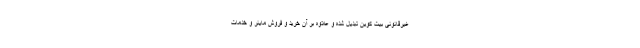
غیرقانونی بیت کوین تبدیل شده و علاوه بر آن خرید و فروش ماینر و خدمات